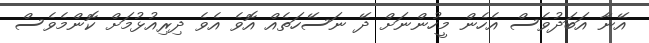
އޭނާ އަބަދުވެސް އެހެން މީހުންނަށް ދޭ ނަސޭހަތެއް އޮވެ އެވެ ދިރިއުޅުމަށް ކޮންމެވެސް